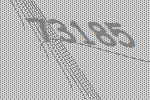
73185